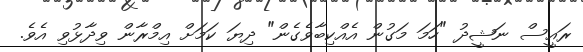
ރައީސް ނަޝީދު "ހަމަ މަގުން އެއްކިބާވެގެން" ދިޔަ ކަމަށް އިމްރާން ވިދާޅުވި އެވެ.